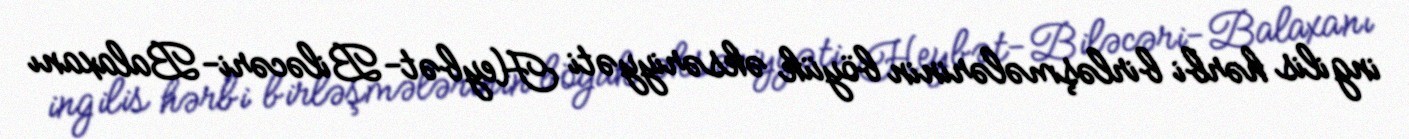
ingilis hərbi birləşmələrinin böyük əksəriyyəti Heybət-Biləcəri-Balaxanı